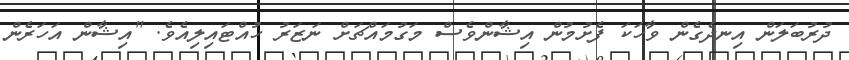
ދުރުބަލަން އިނދެގެން ވާހަކަ ފެށުމުން އިޝާންވެސް މަގުމައްޗަށް ނަޒަރު ހުއްޓައިލިއެވެ. "އިޝާން އަހަރެން